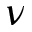
\nu